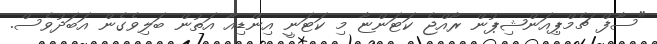
"ސާފް ޗެމްޕިއަންޝިޕުން ރާއްޖެ ކަޓަންޏާ މި ކަޓަނީ އިންޑިއާ އަތުން ބަލިވެގެން އަބަދުވެސް.